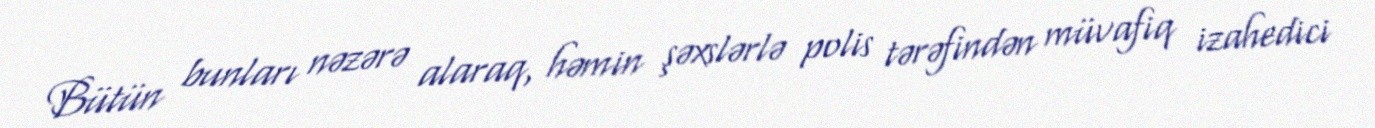
Bütün bunları nəzərə alaraq, həmin şəxslərlə polis tərəfindən müvafiq izahedici